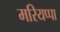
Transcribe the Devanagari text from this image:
मरियप्पा